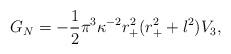
LaTeX: \begin{align*}G_N=-\frac{1}{2}\pi ^3 \kappa^{-2 }r_+^2 (r_+^2 +l^2)V_3,\end{align*}